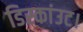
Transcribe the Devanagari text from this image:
डिस्कांउट।